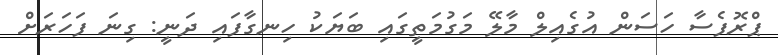
ޕްރޮފެސާ ހަސަން އުގެއިލް މާލޭ މަގުމަތީގައި ބަޔަކު ހިނގާފައި ދަނީ: ގިނަ ފަހަރަށް